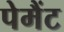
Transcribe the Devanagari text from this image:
पेमैंट